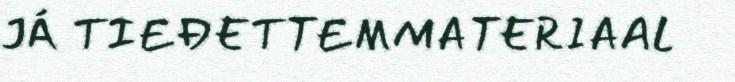
JÁ TIEĐETTEMMATERIAAL